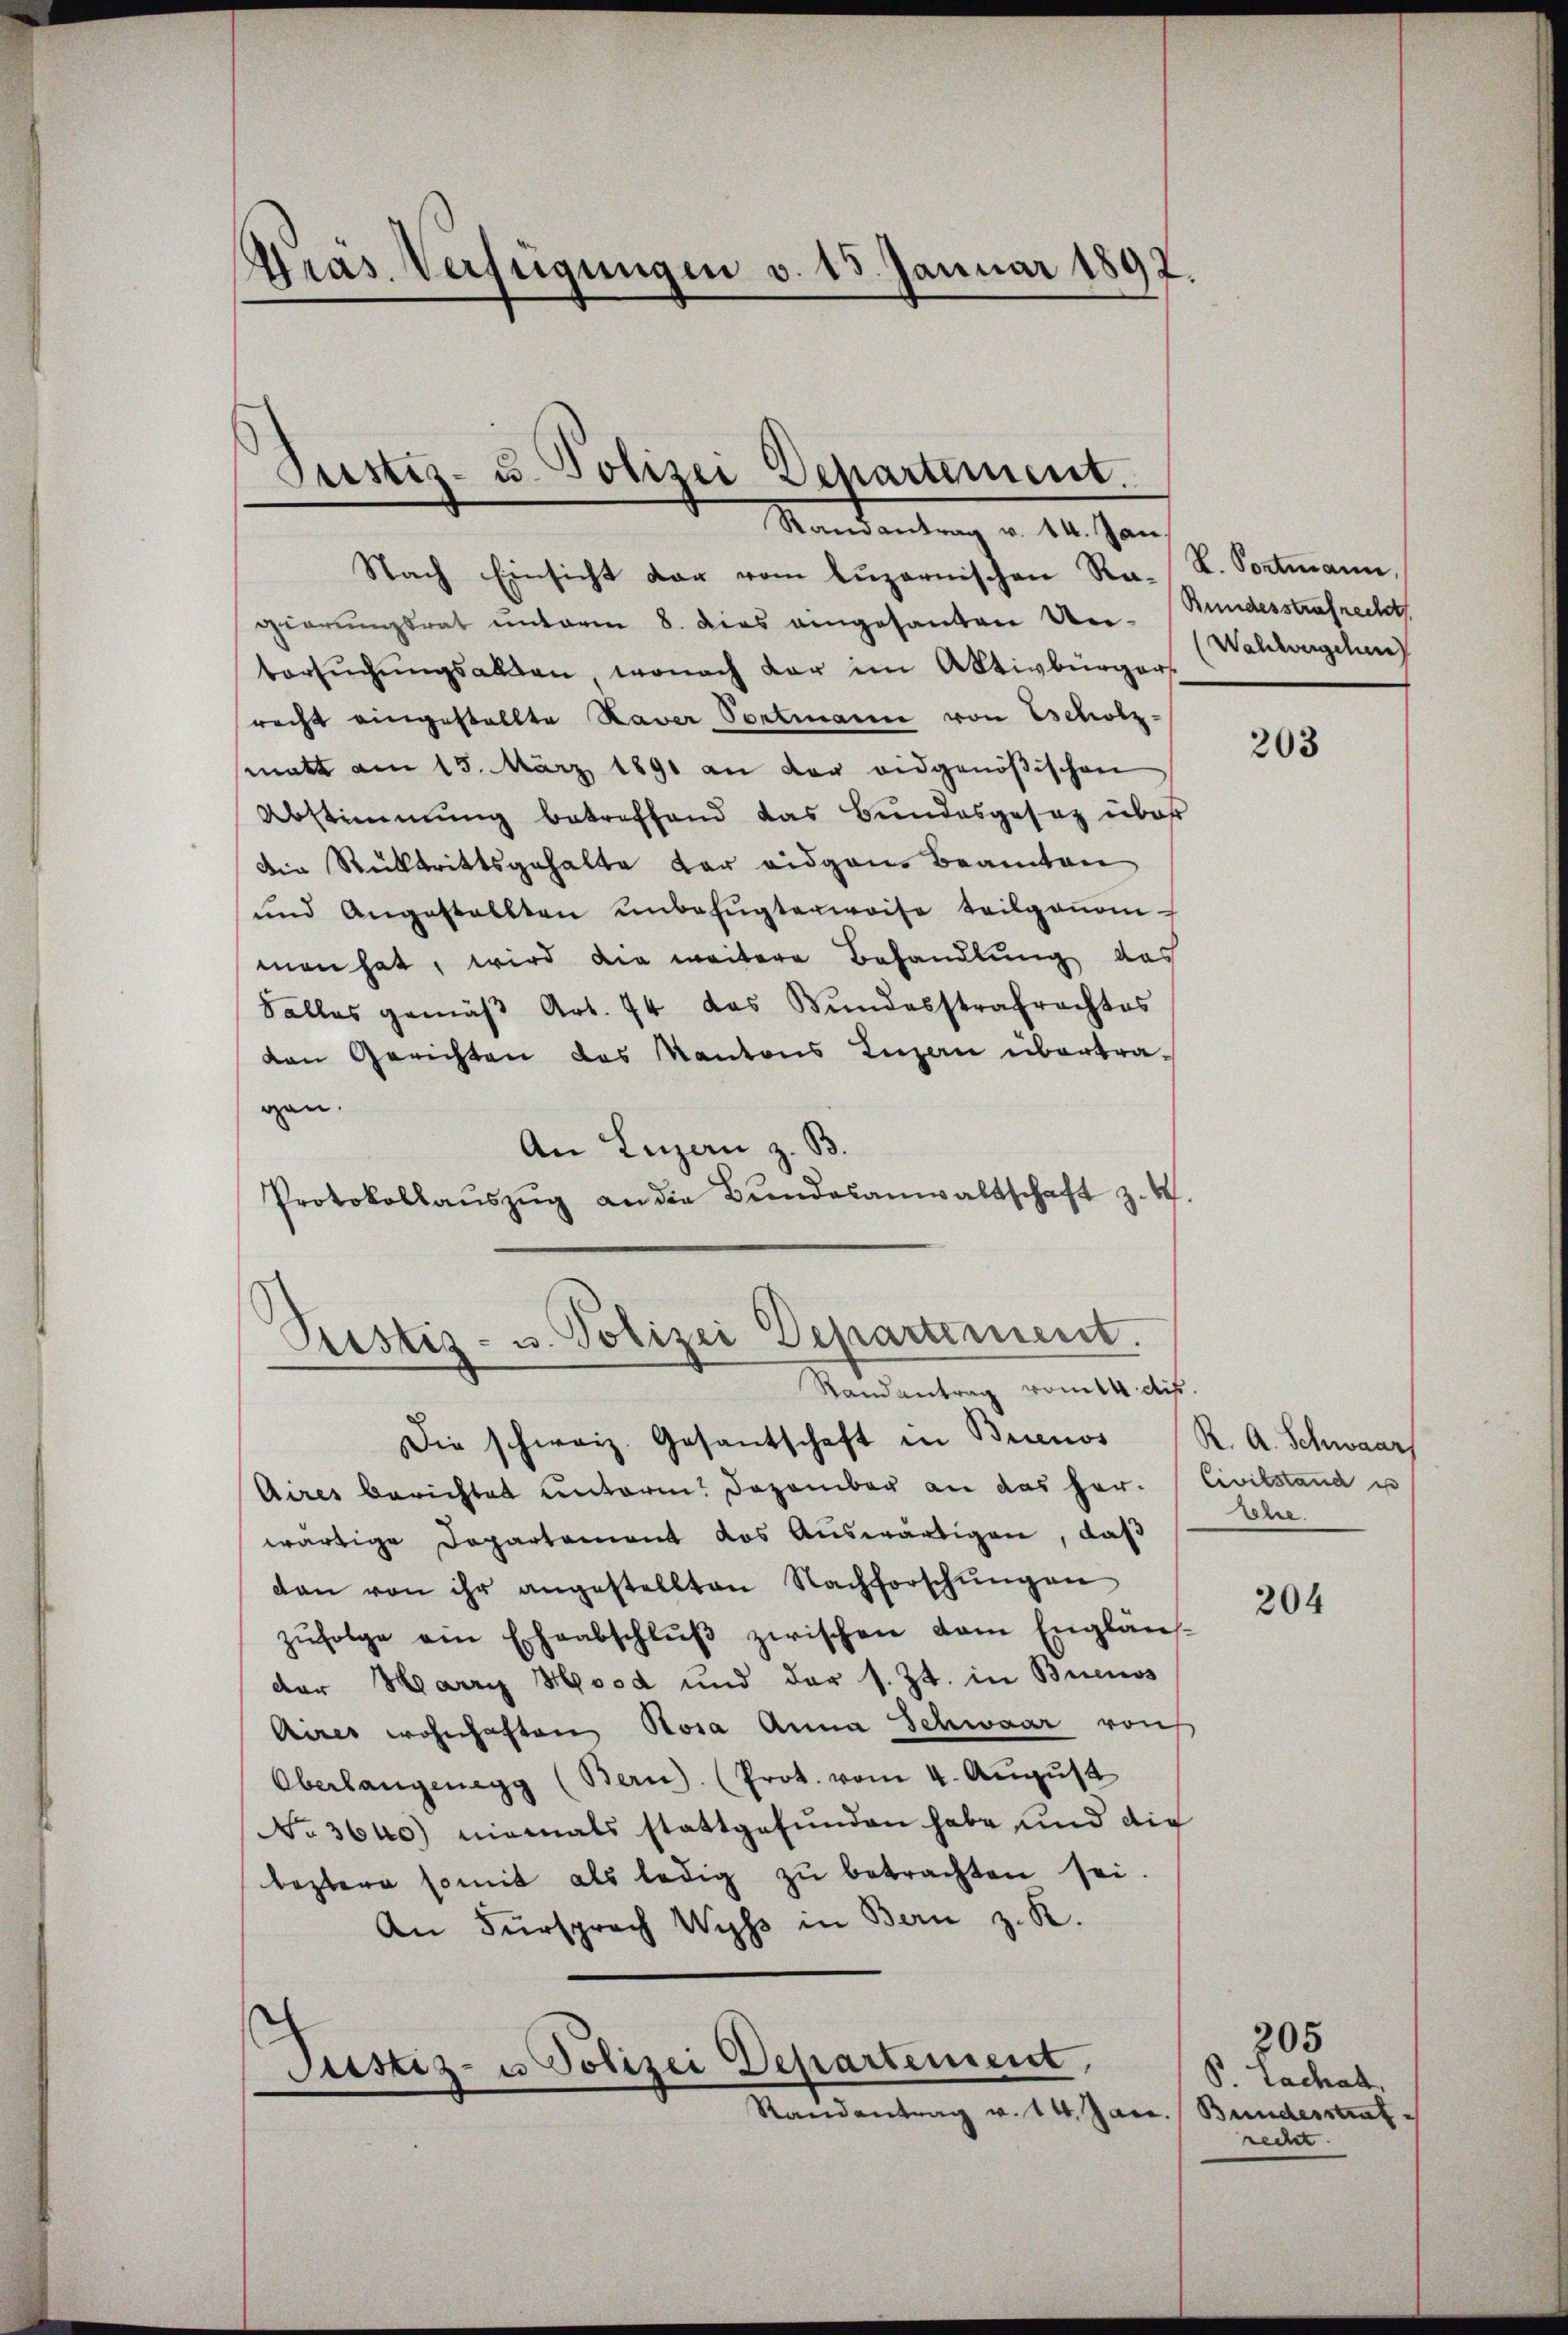
Präs. Verfügungen v. 15. Januar 1897.

Justiz- u. Polizei Departement.
Mandantung v. 18. Jan

Randantrag vom 14. dis.

Nach Einsicht der vom Lŭzernischen Ra- L. Portmann,
gierungsrat unterm 8. dies angesanten Un- (Bundesstrafrecht
tersŭchŭngsalten, wonach der im Aktivbürgers.
recht eingestellte Naver Portmann von Escholz-
matt am 15. März 1891 an der eidgenößischen
Abstimmung betreffend das Bundesgesetz über
Die Rücktrittsgehalte der eidgen. Beamten
und Angestellten ŭnbefŭgterweise teilgaŭom-
men hat, wird die weitere Behandlung das
Salles gemäβ Art. 74 das Bundesstrafrachtes
den Gerichten das Kantons Luzern übertragan.
An Luzern z. B.
Protokollaŭszŭg an die Bŭndesanwaltschaft z. W.
Piustiz- u. Polizei Departement.

Die schweiz. Gesantschaft in Buenos
Aires berichtet unterm. Dezember an das her. Civilstand u
wärtige Departement das Auswärtigen, daß
dan von ihr angestellten Nachforschungen
zŭfolge ein Eheabschlŭβ zwischen vom Englän-
der Harry Hood und der s. Zt. in Buenos
Aires wohnhaften Rosa Anna Schwaar von
Oberlangenegg (Bern (Prot. vom 4. Aŭgŭst
No 3640) niemals stattgefunden habe und die
leztere somit als ledig zŭ betrachten sei.
An Fürsprach Wyss in Bern z. R.
Justiz- u Polizei Departement,
Randantrag v. 14. Jac. Bundesstraf

(Wahlvergehun

203

R. A. Schwaar
seer.

204

205
P. Zachatt
recht. |